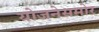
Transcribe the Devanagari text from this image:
योजनेसमोर